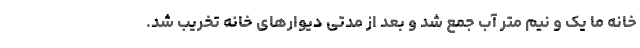
خانه ما یک و نیم متر آب جمع شد و بعد از مدتی دیوارهای خانه تخریب شد.